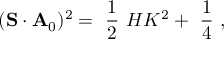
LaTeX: ( { \bf S } \cdot { \bf A } _ { 0 } ) ^ { 2 } = \mathrm { ~ \frac { 1 } { 2 } ~ } H { \cal K } ^ { 2 } + \mathrm { ~ \frac { 1 } { 4 } ~ } ,